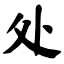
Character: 处